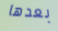
بعدها